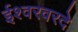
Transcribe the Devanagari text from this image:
ईश्वरवरदे